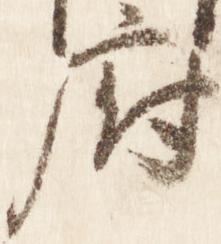
府